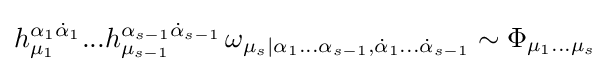
h_{\mu _{1}}^{\alpha _{1}{\dot {\alpha }}_{1}}...h_{\mu _{s-1}}^{\alpha _{s-1}{\dot {\alpha }}_{s-1}}\,\omega _{\mu _{s}|\alpha _{1}...\alpha _{s-1},{\dot {\alpha }}_{1}...{\dot {\alpha }}_{s-1}}\sim \Phi _{\mu _{1}...\mu _{s}}